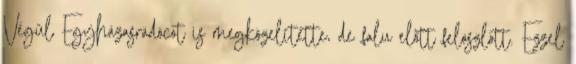
Végül Egyházasrádócot is megközelítette, de falu előtt feloszlott. Ezzel